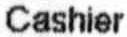
CASHIER